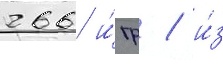
266 и́гр / и́з